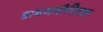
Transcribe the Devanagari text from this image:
डायगनौस्टिक